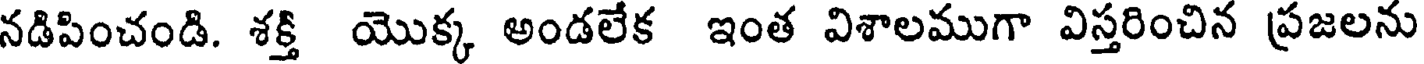
నడిపించండి. శక్తి యొక్క అండలేక ఇంత విశాలముగా విస్తరించిన ప్రజలను